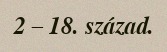
2 – 18. század.